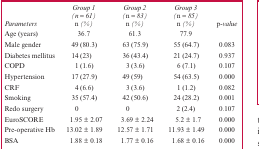
<table><thead><tr><td><b><i>Parameters</i></b></td><td><b><i>Group 1(n = 61) n (%)</i></b></td><td><b><i>Group 2 (n = 83) n (%)</i></b></td><td><b><i>Group 3 (n = 85) n (%)</i></b></td><td><b><i>p-value</i></b></td></tr></thead><tbody><tr><td>Age (years)</td><td>36.7</td><td>61.3</td><td>77.9</td><td></td></tr><tr><td>Male gender</td><td>49 (80.3)</td><td>63 (75.9)</td><td>55 (64.7)</td><td>0.083</td></tr><tr><td>Diabetes mellitus</td><td>14 (23)</td><td>36 (43.4)</td><td>21 (24.7)</td><td>0.937</td></tr><tr><td>COPD</td><td>1 (1.6)</td><td>3 (3.6)</td><td>6 (7.1)</td><td>0.107</td></tr><tr><td>Hypertension</td><td>17 (27.9)</td><td>49 (59)</td><td>54 (63.5)</td><td>0.000</td></tr><tr><td>CRF</td><td>4 (6.6)</td><td>3 (3.6)</td><td>1 (1.2)</td><td>0.082</td></tr><tr><td>Smoking</td><td>35 (57.4)</td><td>42 (50.6)</td><td>24 (28.2)</td><td>0.001</td></tr><tr><td>Redo surgery</td><td>0</td><td>0</td><td>2 (2.4)</td><td>0.107</td></tr><tr><td>EuroSCORE</td><td>1.95 ± 2.07</td><td>3.69 ± 2.24</td><td>5.2 ± 1.7</td><td>0.000</td></tr><tr><td>Pre-operative Hb</td><td>13.02 ± 1.89</td><td>12.57 ± 1.71</td><td>11.93 ± 1.49</td><td>0.000</td></tr><tr><td>BSA</td><td>1.88 ± 0.18</td><td>1.77 ± 0.16</td><td>1.68 ± 0.16</td><td>0.000</td></tr></tbody></table>